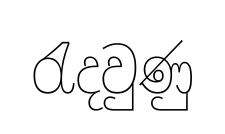
රැදවුණු